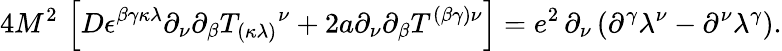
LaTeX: {4M^{2}}\, \left[D\epsilon^{\beta\gamma\kappa\lambda}\partial_{\nu}{\partial_{\beta}}T_{(\kappa\lambda)}{}^{\nu}+2a\partial_{\nu}{\partial_{\beta}}T^{(\beta\gamma)\nu}\right]=e^{2}\, \partial_{\nu}\left({\partial}^{\gamma}\lambda^{\nu}-{\partial}^{\nu}\lambda^{\gamma}\right).